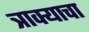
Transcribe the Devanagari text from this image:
त्राक्याचा